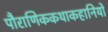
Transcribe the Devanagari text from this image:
पौराणिककथाकहानियों